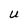
Character: U